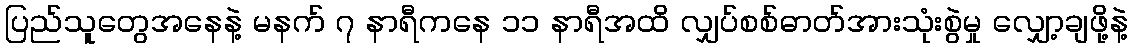
ပြည်သူတွေအနေနဲ့ မနက် ၇ နာရီကနေ ၁၁ နာရီအထိ လျှပ်စစ်ဓာတ်အားသုံးစွဲမှု လျှော့ချဖို့နဲ့